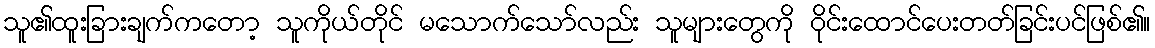
သူ၏ထူးခြားချက်ကတော့ သူကိုယ်တိုင် မသောက်သော်လည်း သူများတွေကို ဝိုင်းထောင်ပေးတတ်ခြင်းပင်ဖြစ်၏။